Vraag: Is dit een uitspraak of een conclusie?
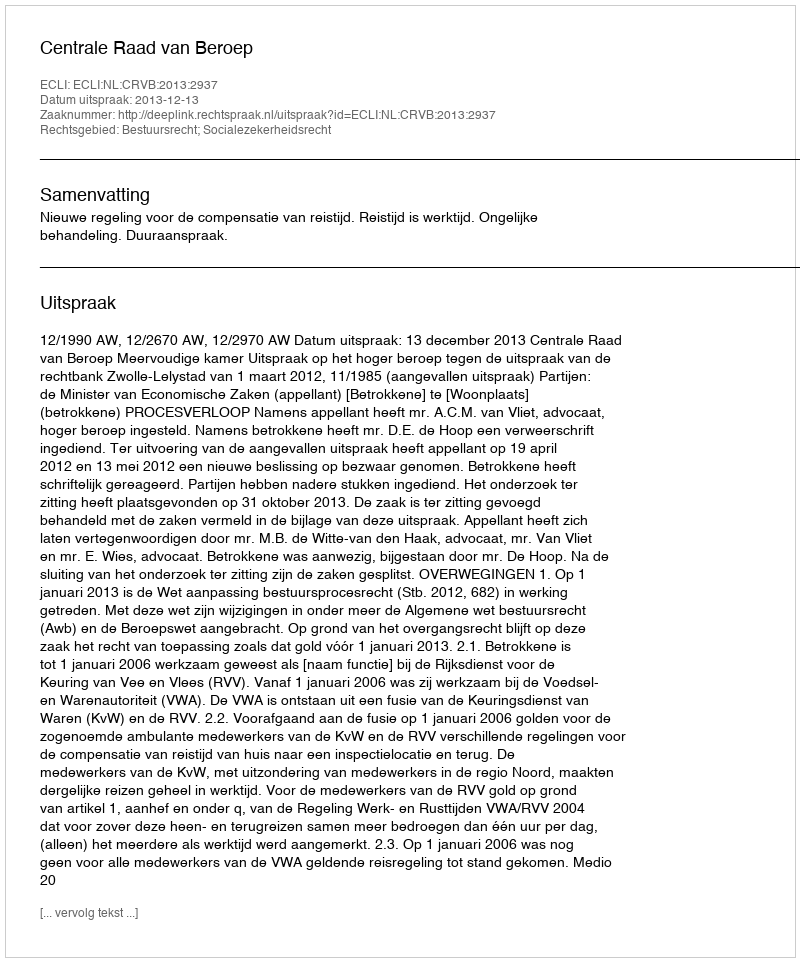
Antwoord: Uitspraak